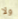
ولا